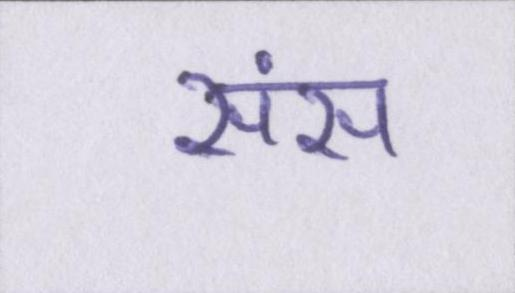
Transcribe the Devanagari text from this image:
संस